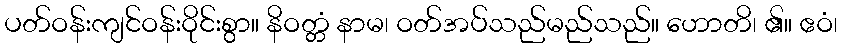
ပတ်ဝန်းကျင်ဝန်းဝိုင်းစွာ။ နိဝတ္တံ နာမ၊ ဝတ်အပ်သည်မည်သည်။ ဟောတိ၊ ၏။ ဧဝံ၊